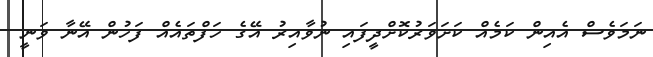
ނަމަވެސް އެއިން ކަމެއް ކަށަވަރުކޮށްދީފައި ނުވާއިރު އޭގެ ހަފްތައެއް ފަހުުން އޭނާ ވަނީ